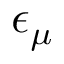
\epsilon _ { \mu }